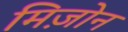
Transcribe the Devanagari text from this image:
मिज़ोन